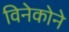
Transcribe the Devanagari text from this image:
विनेकोने